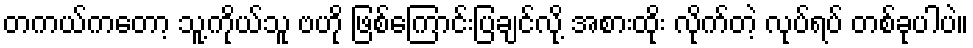
တကယ်ကတော့ သူ့ကိုယ်သူ ဗဟို ဖြစ်ကြောင်းပြချင်လို့ အစားထိုး လိုက်တဲ့ လုပ်ရပ် တစ်ခုပါပဲ။